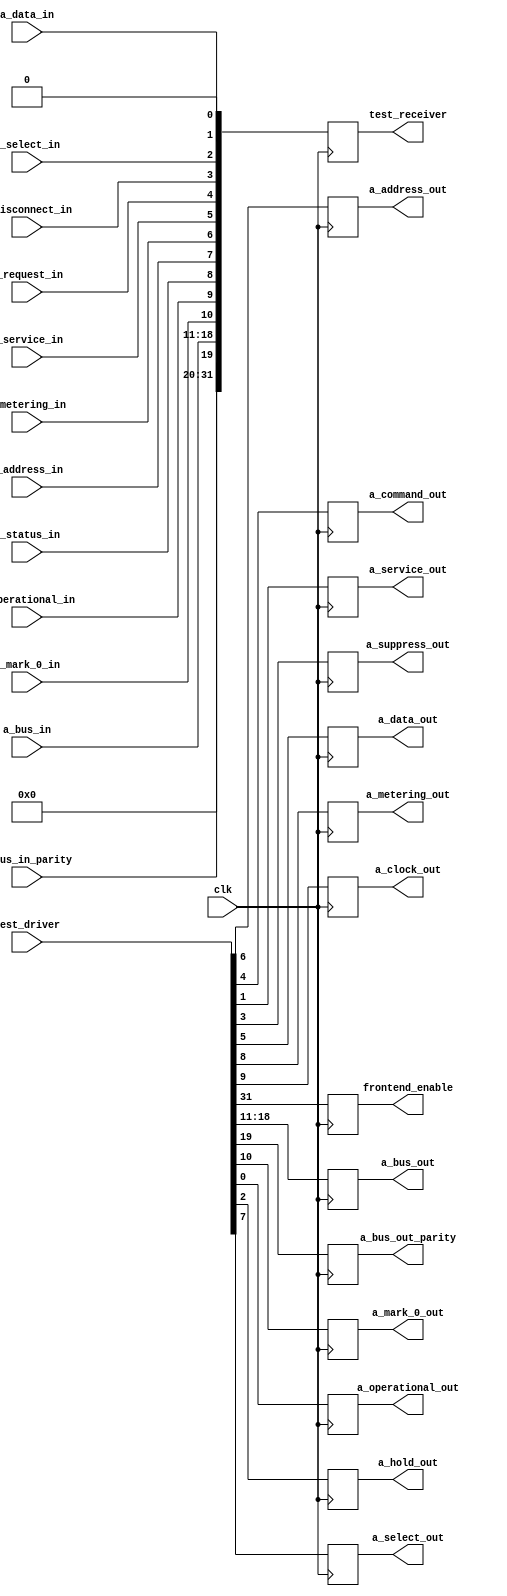
`default_nettype none

module wrap_test (
    input wire clk,

    // verilator lint_off UNUSEDSIGNAL
    input wire [31:0] test_driver,
    // verilator lint_on UNUSEDSIGNAL
    output reg [31:0] test_receiver,

    output reg frontend_enable,

    // Parallel Channel "A"...
    input wire [7:0] a_bus_in,
    input wire a_bus_in_parity,
    output reg [7:0] a_bus_out,
    output reg a_bus_out_parity,
    input wire a_mark_0_in,
    output reg a_mark_0_out,

    output reg a_operational_out,
    input wire a_request_in,
    output reg a_hold_out,
    output reg a_select_out,
    input wire a_select_in,
    output reg a_address_out,
    input wire a_operational_in,
    input wire a_address_in,
    output reg a_command_out,
    input wire a_status_in,
    input wire a_service_in,
    output reg a_service_out,
    output reg a_suppress_out,
    input wire a_data_in,
    output reg a_data_out,
    input wire a_disconnect_in,
    input wire a_metering_in,
    output reg a_metering_out,
    output reg a_clock_out
);
    always @(posedge clk)
    begin
        frontend_enable <= test_driver[31];

        // L to R:
        // - Bus Out P
        // - Bus In P
        // - Bus Out 0
        // - Bus In 0
        // - Bus Out 1
        // - Bus In 1
        // - Bus Out 2
        // - Bus In 2
        // - Bus Out 3
        // - Bus In 3
        // - Bus Out 4
        // - Bus In 4
        // - Bus Out 5
        // - Bus In 5
        // - Bus Out 6
        // - Bus In 6
        // - Bus Out 7
        // - Bus In 7
        // - Mark 0 Out
        // - Mark 0 In
        //
        // - Operational In
        // - Clock Out
        // - Status In
        // - Metering Out
        // - Address In
        // - Metering In
        // - Service In
        // - Request In
        // - Select In
        // - Data In
        // - Select Out
        // - X
        // - Address Out
        // - Data Out
        // - Command Out
        // - Disconnect In
        // - Suppress Out
        // - Hold Out
        // - Service Out
        // - Operational Out

        a_bus_out_parity <= test_driver[19];
        a_bus_out <= test_driver[18:11];
        a_mark_0_out <= test_driver[10];

        a_clock_out <= test_driver[9]; // -> Operational In
        a_metering_out <= test_driver[8]; // -> Status In
        a_data_out <= test_driver[5]; // -> Service In
        a_suppress_out <= test_driver[3]; // -> Disconnect In
        a_service_out <= test_driver[1]; // -> Data In
        a_command_out <= test_driver[4]; // -> Request In
        a_address_out <= test_driver[6]; // -> Metering In
        a_select_out <= test_driver[7]; // -> Address In
        a_hold_out <= test_driver[2]; // -> Select In
        a_operational_out <= test_driver[0];

        test_receiver <= {
            12'b0,
            a_bus_in_parity,
            a_bus_in,
            a_mark_0_in,
            a_operational_in,
            a_status_in,
            a_address_in,
            a_metering_in,
            a_service_in,
            a_request_in,
            a_disconnect_in,
            a_select_in,
            a_data_in,
            1'b0
        };
    end
endmodule